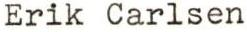
Erik Carlsen